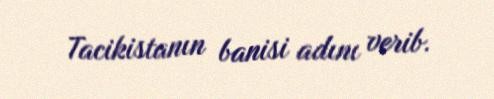
Tacikistanın banisi adını verib.